Report of an investigation into the causes of malaria in Bombay and the measures necessary for its control
Disease focus: Malaria
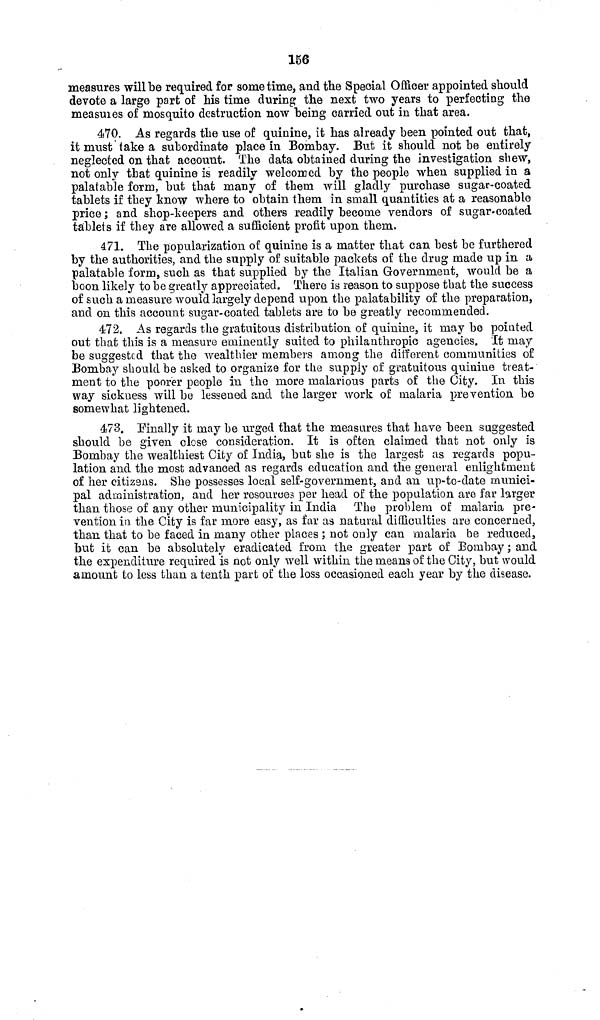
156
measures will be required for sometime, and the Special Officer appointed should
devote a large part of his time during the next two years to perfecting the
measuies of mosquito destruction now being carried out in that area.
470. As regards the use of quinine, it has already been pointed out that,
it must lake a subordinate place in Bombay. But it should not be entirely
neglected on that account. The data obtained during the investigation shew,
not only that quinine is readily welcomed by the people when supplied in a
palatable form, but that many of them will gladly purchase sugar-coated
tablets if they know where to obtain them in small quantities at a reasonable
price ; and shop-keepers and others readily become vendors of sugar-coated
tablets if they are allowed a sufficient profit upon them.
471. The popularization of quinine is a matter that can best be furthered
by the authorities, and the supply of suitable packets of the drug made up in a
palatable form, such as that supplied by the Italian Government, would be a
boon likely to be greatly appreciated. There is reason to suppose that the success
of such a measure would largely depend upon the palatability of the preparation,
and on this account sugar-coated tablets are to be greatly recommended.
472. As regards the gratuitous distribution of quinine, it may be pointed
out that this is a measure eminently suited to philanthropic agencies. It may
be suggested that the wealthier members among the different communities of
Bombay should be asked to organize for the supply of gratuitous quiniue treat-
ment to the poorer people in the more malarious parts of the City. In this
way sickness will be lessened and the larger work of malaria prevention be
somewhat lightened.
473. Finally it may be urged that the measures that have been suggested
should be given close consideration. It is often claimed that not only is
Bombay the wealthiest City of India, but she is the largest as regards popu-
lation and the most advanced as regards education and the general enlightment
of her citizens. She possesses local self-government, and an up-to-date munici-
pal administration, and her resources per head of the population are far larger
than those of any other municipality in India The problem of malaria pre-
vention in the City is far more easy, as far as natural difficulties are concerned,
than that to be faced in many other places ; not only can malaria be reduced,
but it can be absolutely eradicated from the greater part of Bombay ; and
the expenditure required is not only well within the means of the City, but would
amount to less than a tenth part of the loss occasioned each year by the disease.